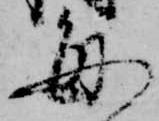
毎